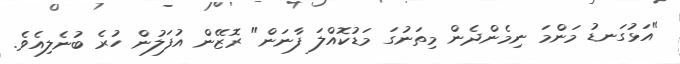
"އަޅުގަނޑު މަންމަ ނިމެންދެން މިތަނުގަ މަޑުކޮއްލަ ފާނަން" ރޮޒޭން އުފަލުން ހުރެ ބުނެލިއެވެ.